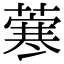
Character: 𦺦